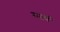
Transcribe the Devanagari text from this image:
स्मार्ण